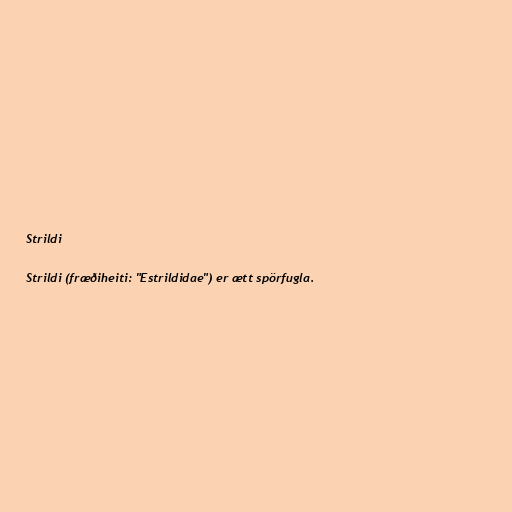
Strildi

Strildi (fræðiheiti: "Estrildidae") er ætt spörfugla.